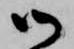
御